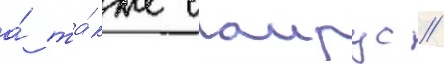
а́ та́кже саирус //